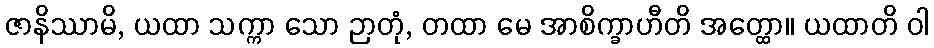
ဇာနိဿာမိ, ယထာ သက္ကာ သော ဉာတုံ, တထာ မေ အာစိက္ခာဟီတိ အတ္ထော။ ယထာတိ ဝါ